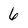
Character: 6